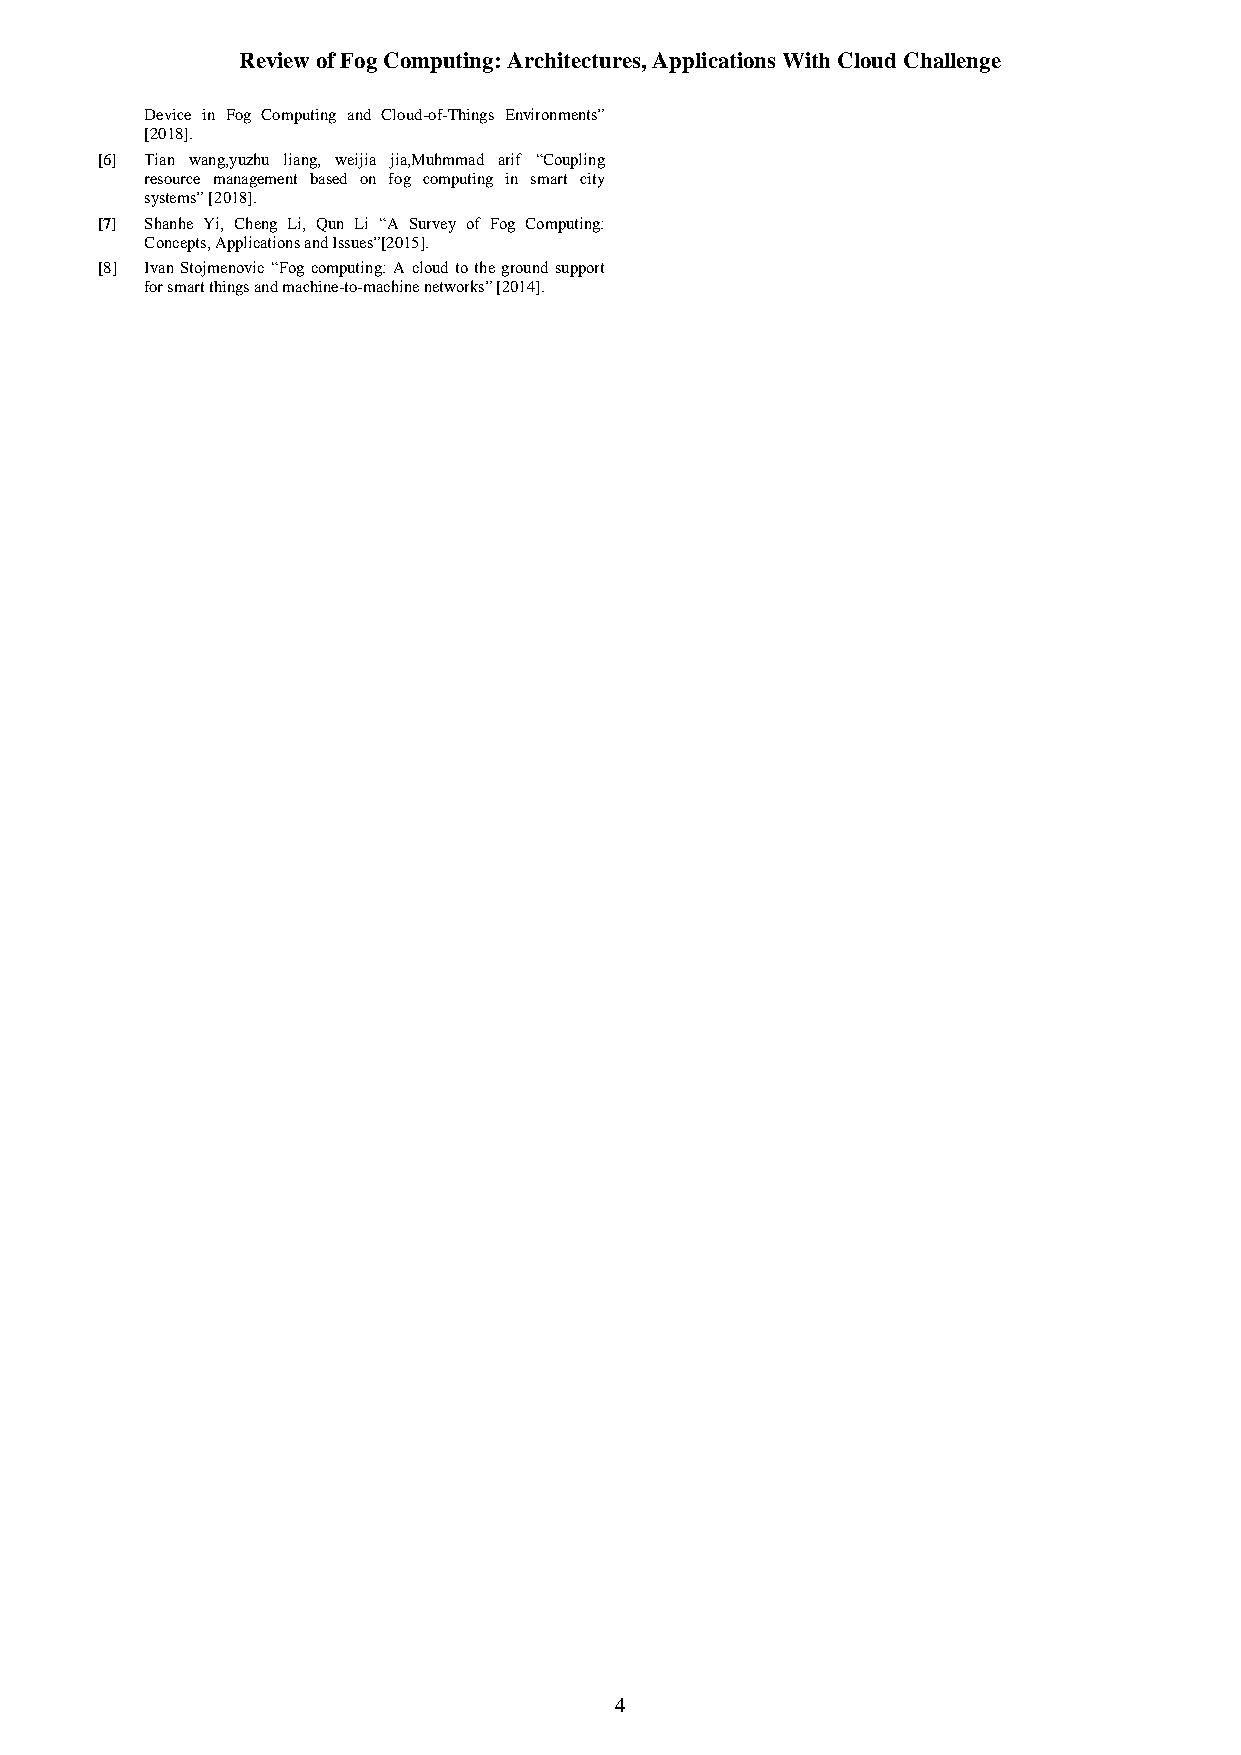
Review of Fog Computing: Architectures, Applications With Cloud Challenge
 Device in Fog Computing and Cloud-of-Things Environments”
 [2018].
 [6] Tian wang,yuzhu liang, weijia jia,Muhmmad arif “Coupling
 resource management based on fog computing in smart city
 systems” [2018].
 [7] Shanhe Yi, Cheng Li, Qun Li “A Survey of Fog Computing:
 Concepts, Applications and Issues”[2015].
 [8] Ivan Stojmenovic “Fog computing: A cloud to the ground support
 for smart things and machine-to-machine networks” [2014].
 4